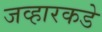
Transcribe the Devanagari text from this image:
जव्हारकडे